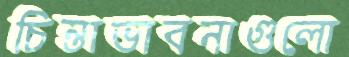
চিন্তাভাবনাগুলো